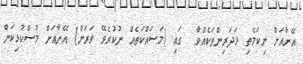
އޭނާއަށް ނިކަމެތި ޅަދަރިންތަކެއްވާ  ގައި (މަސައްކަތެއް ނުކުރެވޭ ވަރަށް) އޭނާއަށް މުސްކުޅިކަން